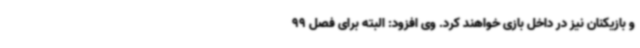
و بازیکنان نیز در داخل بازی خواهند کرد. وی افزود: البته برای فصل 99